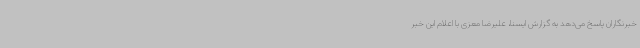
خبرنگاران پاسخ می‌دهد به گزارش ایسنا، علیرضا معزی با اعلام این خبر